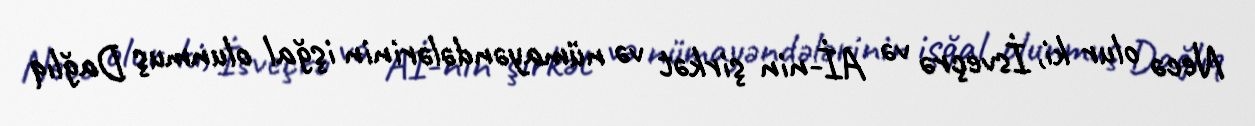
Necə olur ki, İsveçrə və Aİ-nin şirkət və nümayəndələrinin işğal olunmuş Dağlıq